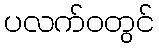
ပလက်ဝတွင်